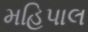
મહિપાલ